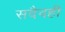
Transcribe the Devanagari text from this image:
सदैवही